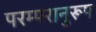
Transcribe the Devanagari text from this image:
परम्परानुरूप